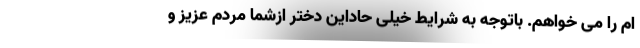
ام را می خواهم. باتوجه به شرایط خیلی حاداین دختر ازشما مردم عزیز و